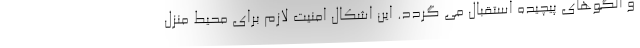
و الگوهای پیچیده استقبال می گردد. این اشکال امنیت لازم برای محیط منزل